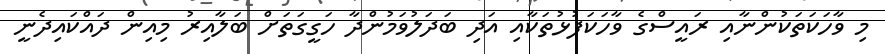
މި ވާހަކަތަކުންނާއި ރައީސްގެ ވާހަކަފުޅުތަކާއި އަދި ބަދަލުވަމުންދާ ހަގީގަތަށް ބަލާއިރު މިއިން ދައްކައިދެނީ